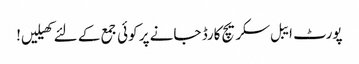
پورٹ ایبل سکریچ کارڈ جانے پر کوئی جمع کے لئے کھیلیں!